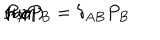
P _ { A } P _ { B } = \delta _ { A B } P _ { B } \hspace { 1 c m } \mathrm { ( n o \hspace { 0 . 2 c m } s u m ) }